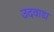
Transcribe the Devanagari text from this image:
उदवाडा